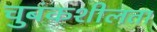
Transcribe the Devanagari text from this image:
चुबंकशीलता